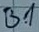
Text: B1